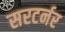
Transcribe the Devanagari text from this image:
सरटर्नर